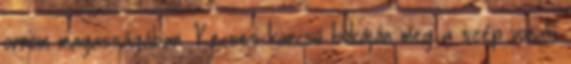
orrom magasságában. Kecses karcsú bokáján meg a szép vonalú